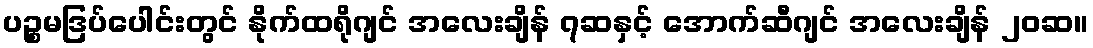
ပဉ္စမဒြပ်ပေါင်းတွင် နိုက်ထရိုဂျင် အလေးချိန် ၇ဆနှင့် အောက်ဆီဂျင် အလေးချိန် ၂၀ဆ။